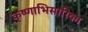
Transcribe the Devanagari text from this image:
कृष्णाभिसारिका